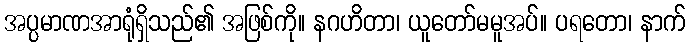
အပ္ပမာဏအာရုံရှိသည်၏ အဖြစ်ကို။ နဂဟိတာ၊ ယူတော်မမူအပ်။ ပရတော၊ နာက်